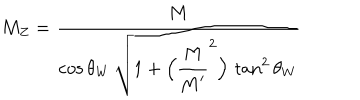
LaTeX: M _ { Z } = \frac { \strut \displaystyle M } { \strut \displaystyle \cos \theta _ { W } \, \sqrt { 1 + \Bigl ( \frac { \strut \displaystyle M } { \strut \displaystyle M ^ { \prime } } ^ { 2 } \Bigr ) \, \tan ^ { 2 } \theta _ { W } } }